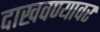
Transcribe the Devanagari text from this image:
दाखवण्यावर